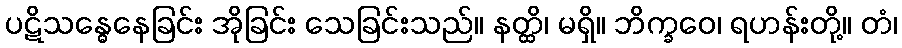
ပဋိသန္ဓေနေခြင်း အိုခြင်း သေခြင်းသည်။ နတ္ထိ၊ မရှိ။ ဘိက္ခဝေ၊ ရဟန်းတို့။ တံ၊